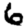
Digit: 6